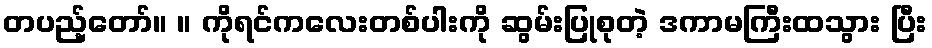
တပည့်တော်။ ။ ကိုရင်ကလေးတစ်ပါးကို ဆွမ်းပြုစုတဲ့ ဒကာမကြီးထသွား ပြီး